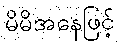
မိမိအနေဖြင့်